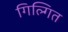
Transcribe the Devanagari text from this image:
गिल्गित